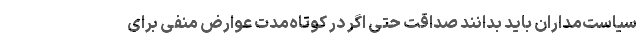
سیاست‌مداران باید بدانند صداقت حتی اگر در کوتاه‌مدت عوارض منفی برای